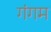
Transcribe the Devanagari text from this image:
गंगम